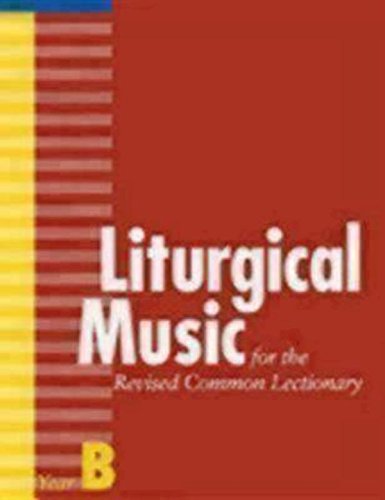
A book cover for Liturgical Music for the Revised Common Lectionary, Year B; Thomas Pavlechko; Christian Books & Bibles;